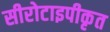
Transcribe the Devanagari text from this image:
सीरोटाइपीकृत